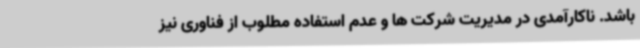
باشد. ناکارآمدی در مدیریت شرکت ها و عدم استفاده مطلوب از فناوری نیز